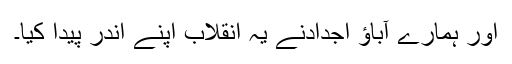
اور ہمارے آباؤ اجدادنے یہ انقلاب اپنے اندر پیدا کیا۔